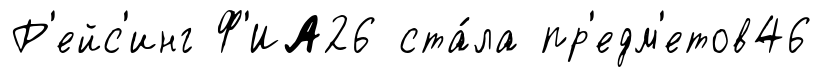
Р'ейс'инг Ф'ИА26 ста́ла пр'едм'етов46